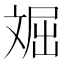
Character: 𱡦